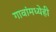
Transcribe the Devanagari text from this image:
गावांमध्येही